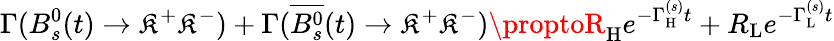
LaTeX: \Gamma(B_{s}^{0}(t)\to\mathfrak{K}^{+}\mathfrak{K}^{-})+\Gamma(\overline{{{{B_{s}^{0}}}}}(t)\to\mathfrak{K}^{+}\mathfrak{K}^{-})\proptoR_{\mathrm{{H}}}e^{-\Gamma_{\mathrm{{H}}}^{(s)}t}+R_{\mathrm{{L}}}e^{-\Gamma_{\mathrm{{L}}}^{(s)}t}